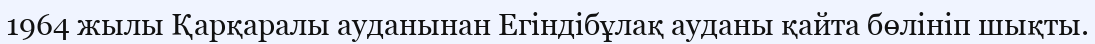
1964 жылы Қарқаралы ауданынан Егіндібұлақ ауданы қайта бөлініп шықты.